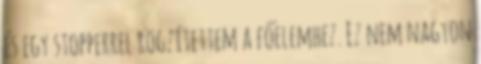
és egy stopperrel rögzítettem a főelemhez. Ez nem nagyon